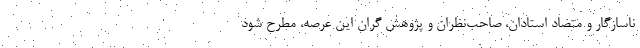
ناسازگار و متضاد استادان، صاحب‌نظران و پژوهش گران این عرصه، مطرح شود